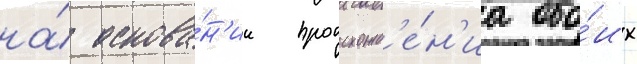
на́ основа́н'ии происхожд'е́н'иа обо́их